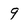
Character: 9